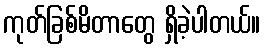
ကုတ်ခြစ်မိတာတွေ ရှိခဲ့ပါတယ်။